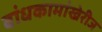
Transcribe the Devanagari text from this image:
बांधकामांखेरीज